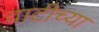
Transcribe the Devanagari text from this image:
वाटीच्या